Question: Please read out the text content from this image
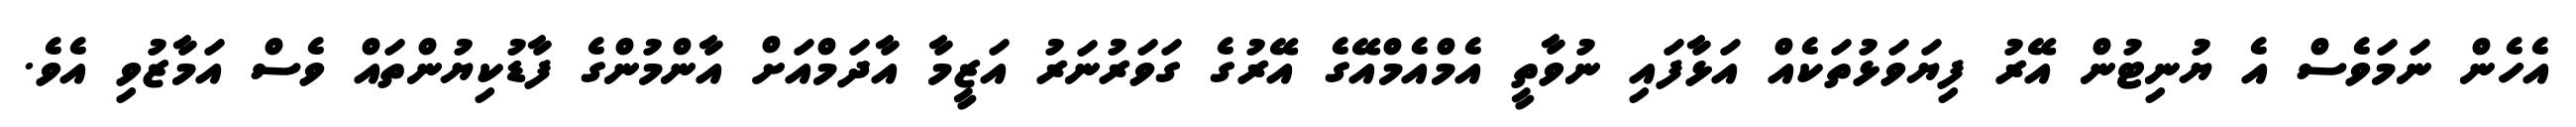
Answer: އެހެން ނަމަވެސް އެ ޔުނިޓުން އޭރު ފިޔަވަޅުތަކެއް އަޅާފައި ނުވާތީ އެމްއެމްއޭގެ އޭރުގެ ގަވަރުނަރު އަޒީމާ އާދަމްއަށް އާންމުންގެ ފާޑުކިޔުންތައް ވެސް އަމާޒުވި އެވެ.